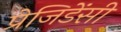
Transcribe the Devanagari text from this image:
प्रेजिडेंसी